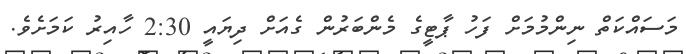
މަސައްކަތް ނިންމުމަށް ފަހު ޕާޓީގެ މެންބަރުން ގެއަށް ދިޔައީ 2:30 ހާއިރު ކަމަށެވެ.